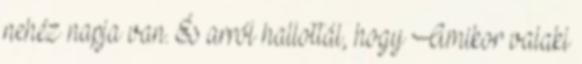
nehéz napja van. És arról hallottál, hogy Amikor valaki